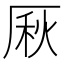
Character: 𠩾